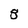
Character: 8